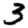
Digit: 3